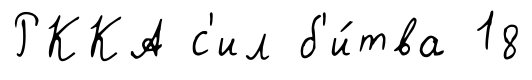
РККА с'ил б'и́тва 18